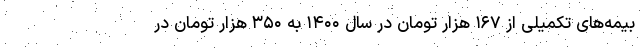
بیمه‌های تکمیلی از ۱۶۷ هزار تومان در سال ۱۴۰۰ به ۳۵۰ هزار تومان در